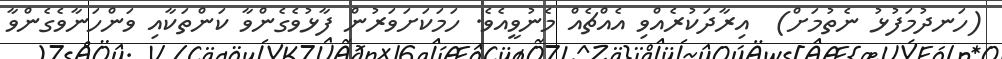
(ހަނދުމަފުޅު ނެތުމަށް)  އިރާދަކުރެއްވި އެއްޗެއް މެނުވީއެވެ. ހަމަކަށަވަރުން ފާޅުވެގެންވާ ކަންތަކާއި ވަންހަނާވެގެންވާ